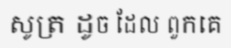
សូត្រ ដូច ដែល ពួកគេ